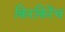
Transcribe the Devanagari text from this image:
किरकिरेंच